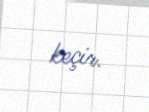
keçir.